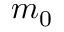
m _ { 0 }